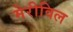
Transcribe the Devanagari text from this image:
मेरीविल